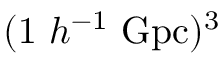
( 1 \ h ^ { - 1 } \ \mathrm { G p c } ) ^ { 3 }